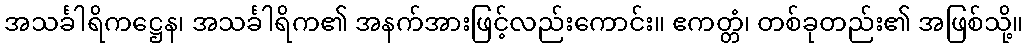
အသင်္ခါရိကဋ္ဌေန၊ အသင်္ခါရိက၏ အနက်အားဖြင့်လည်းကောင်း။ ဧကတ္တံ၊ တစ်ခုတည်း၏ အဖြစ်သို့။